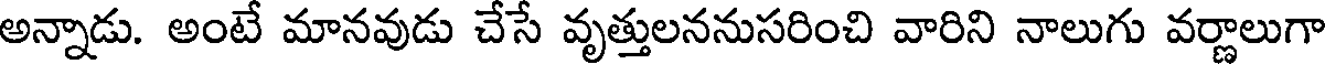
అన్నాడు. అంటే మానవుడు చేసే వృత్తులననుసరించి వారిని నాలుగు వర్ణాలుగా